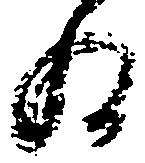
為